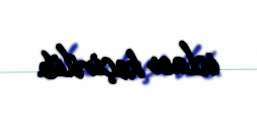
iclası keçirilib.